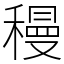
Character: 䅼